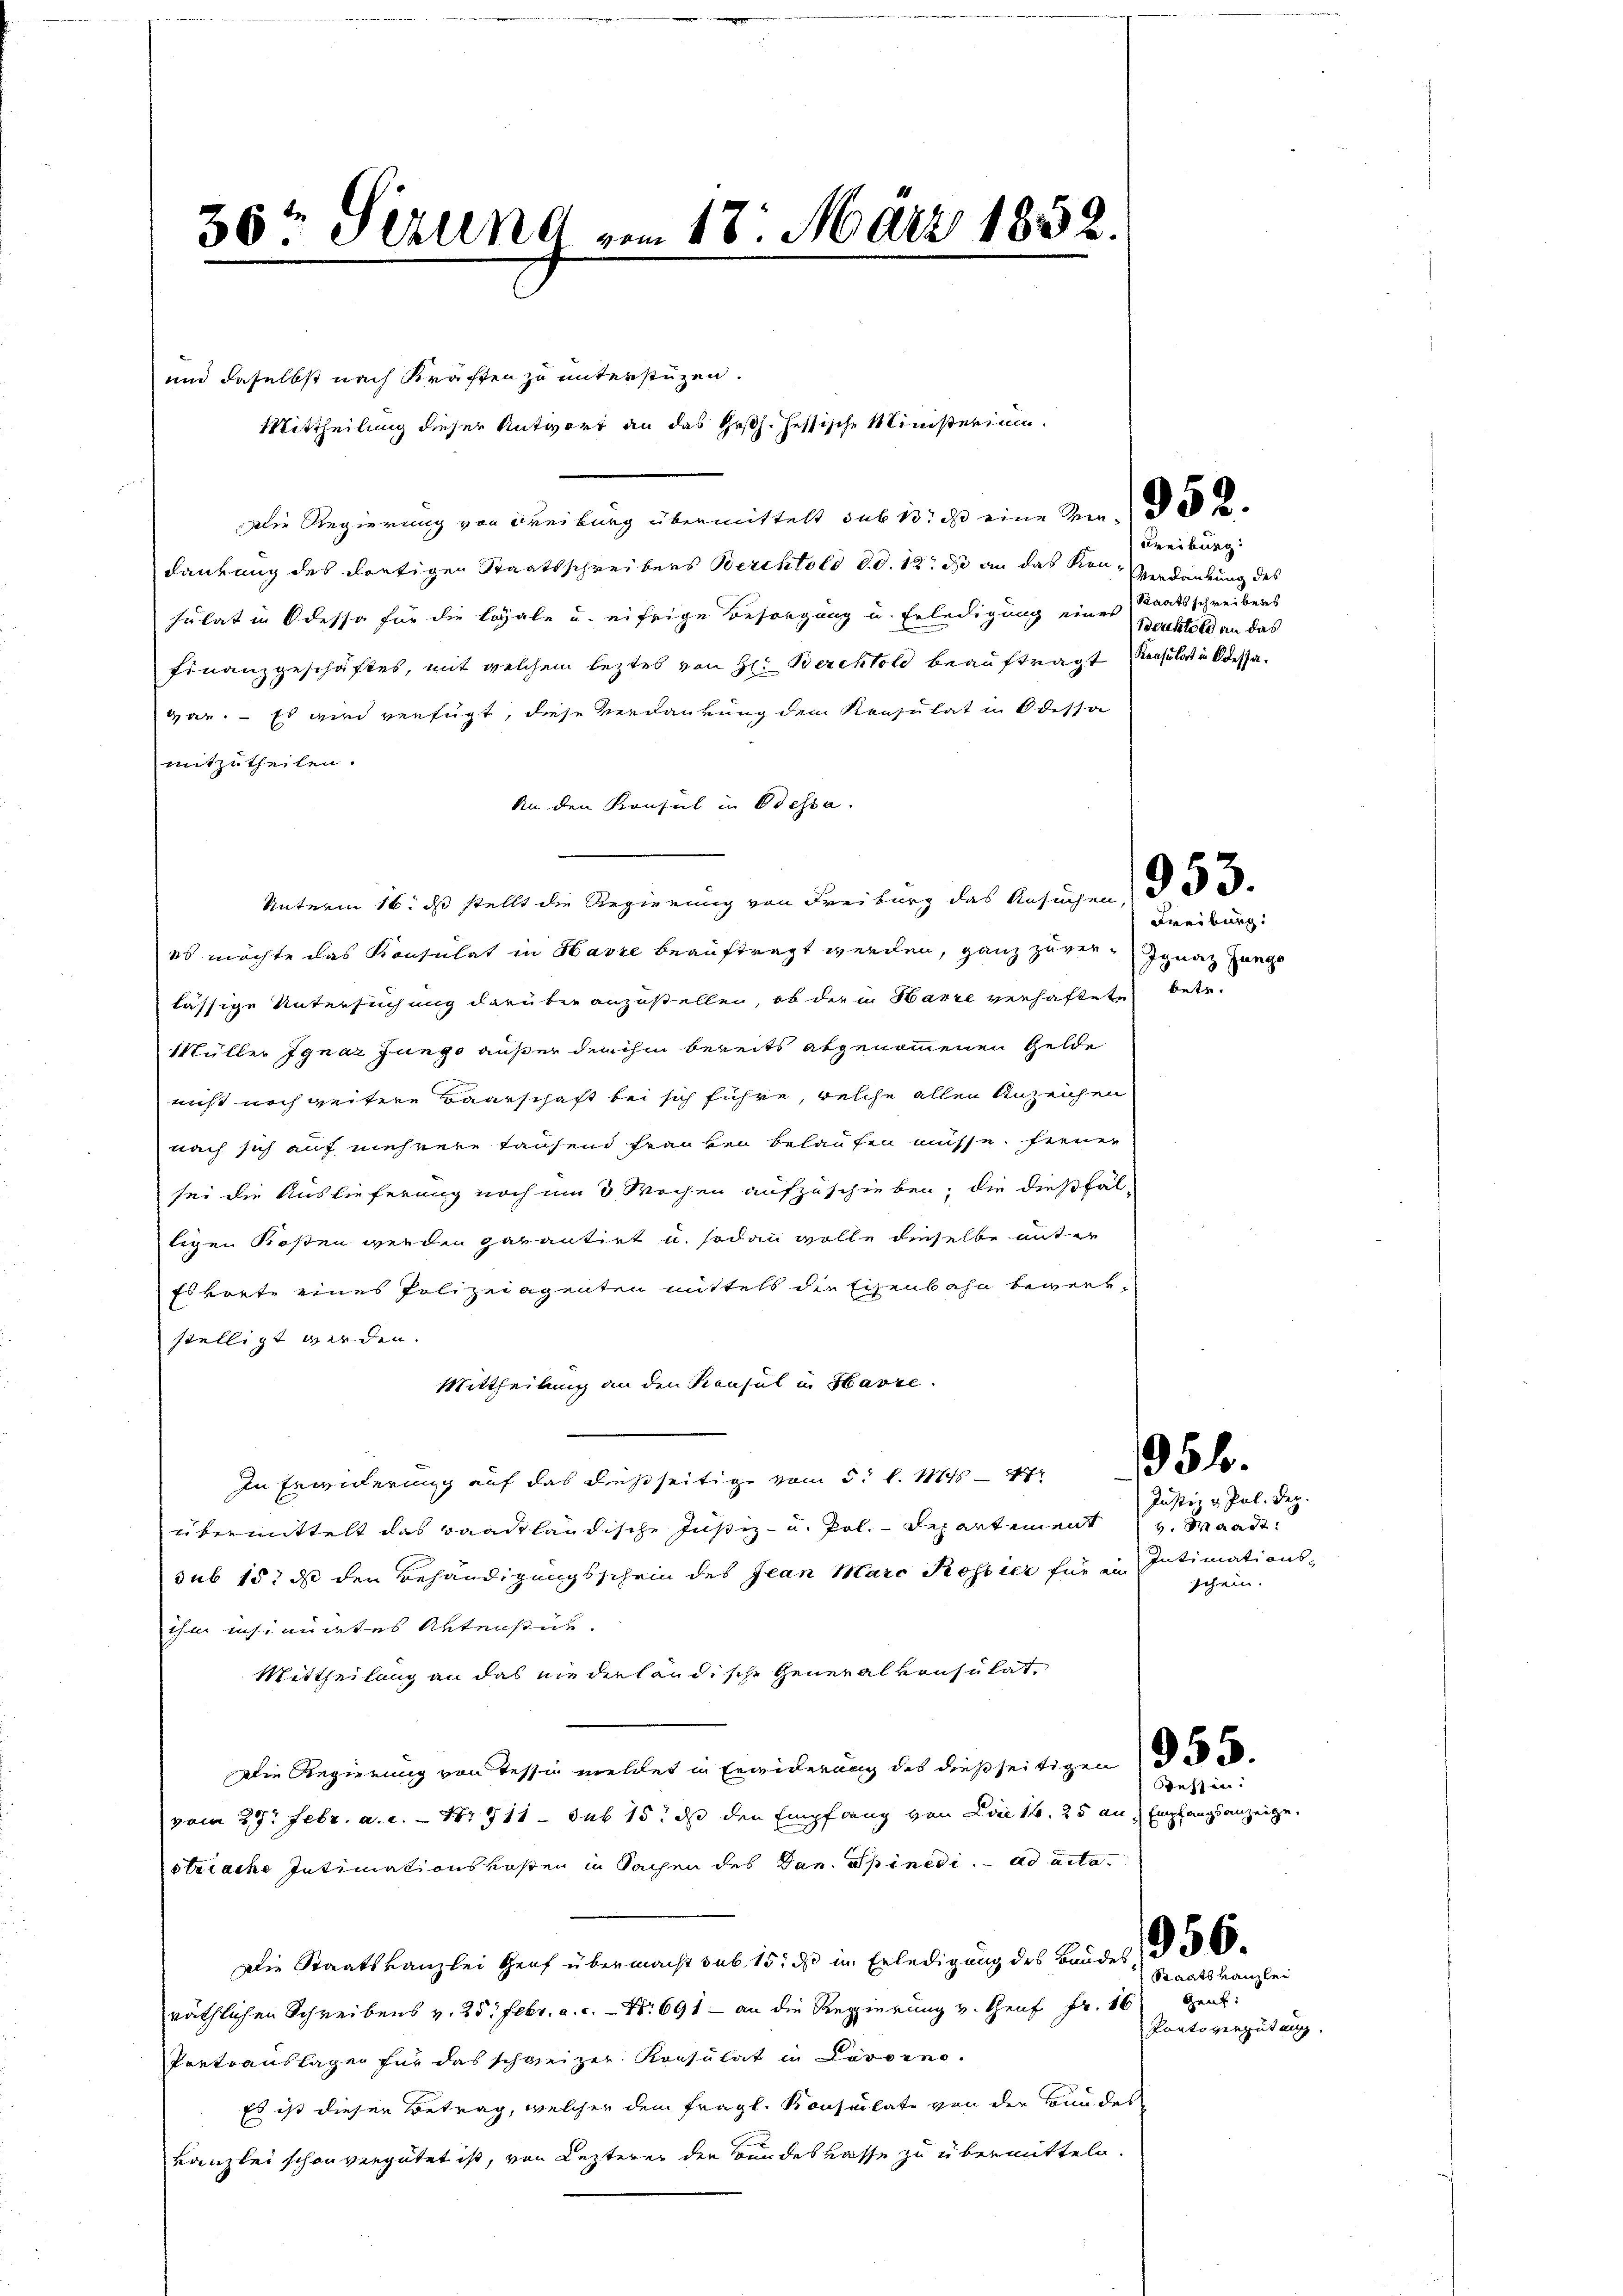
30t Serung vom 18. März 1852.

Mittheilung dieser Antwort an das Ges. Hessische Ministerium.

und daselbst nach Kraffen zu unterstüzen.
Die Regierung von Freiburg übermittelt sub 10 ch eine Sein des a
dankung des dortigen Staatsschreibers Berchtold d.d. 12. die an das Konsulat in Odessa für die legale und eifrige Besorgung u. Erledigung eines Bachtold an das
Finanzgeschäftes, mit welchem leztes von Hr. Berchtold beauftragt insulat in Odessagar. – Es wird verfügt, diese Verdankung dem Konsulat in Odessa
mitzutheilen.
An den Konsul in Odessa.
Unterm 16. ds stellt die Regierung von Freiburg das Ansuchen d
es möchte das Konsulat in Havre beauftragt werden, ganz zuver¬ Ignaz junge
lässige Untersuchung darüber anzustellen, ob der in Harze verhaftete betr.
Müller Ignaz Jungo außer den ihm bereits abgenommenen Gelde
nicht noch weitere Baarschaft bei sich führe, welche allen Anzeichen
nach sich auf mehrere tausend Franken belaufen müsse. Ferner
sei die Auslieferung noch um 3 Wochen aufzuschieben; die dießfälligen Rosen werden garantirt u. sodann wolle dieselbe unter
Eskrete eines Polizeiagenten mittels die Eisenbahn bewerkstelligt werden.
Mittheilung an den Konsul in Havre.
In Erwiderung auf das dießseitige vom 5t l. Mts
übermittelt das Baadtländische Justiz- u. Pol.-Departement v. Waadt
sub 15. ds den Behändigungsschein des Jean Marc Rossier für ein Intimations-
ihm insimiertes Aktenstük.
Mittheilung an das niederländische General vonsulat
Die Regierung von Tessin meldet in Erwiderung des dießseitigen 32.
vom 29. Febr. a. c. - Nr. 711 – sub 15. ds den Empfang von Lee 1. 25 an Empfangsanzeige.
striache Intimationskosten in Sachen des Dan. Spinedi. ad acta.
Die Staatskanzlei Heuf übermacht sub 15. ds in Erledigung des Bandes § 38
räthlichen Schreibens v. 25. Febr. a. c. - Nr 691 - an die Regierung v. Genf Fr. 16 Zent
Portoauslagen für das schweizer Konsulat in Livorno.
Es ist dieser Betrag, welcher dem fragl. Konsulate von der Bundes
kanzlei schon vergütet ist, von Lezterer der Bundeskasse zu übermitteln.

Freiburg.
Verdankung des
Staatsschreibens

Freiburg.

354.

Justiz & Pol. Dez.
schein.

Sessen:

Staatskanzlei
Porto vergütung